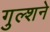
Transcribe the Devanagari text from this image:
गुल्शने